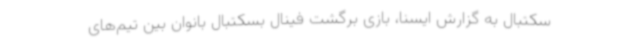
سکتبال به گزارش ایسنا، بازی برگشت فینال بسکتبال بانوان بین تیم‌های